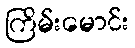
ကြိမ်းမောင်း